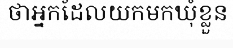
ថាអ្នកដែលយកមកឃុំខ្លួន